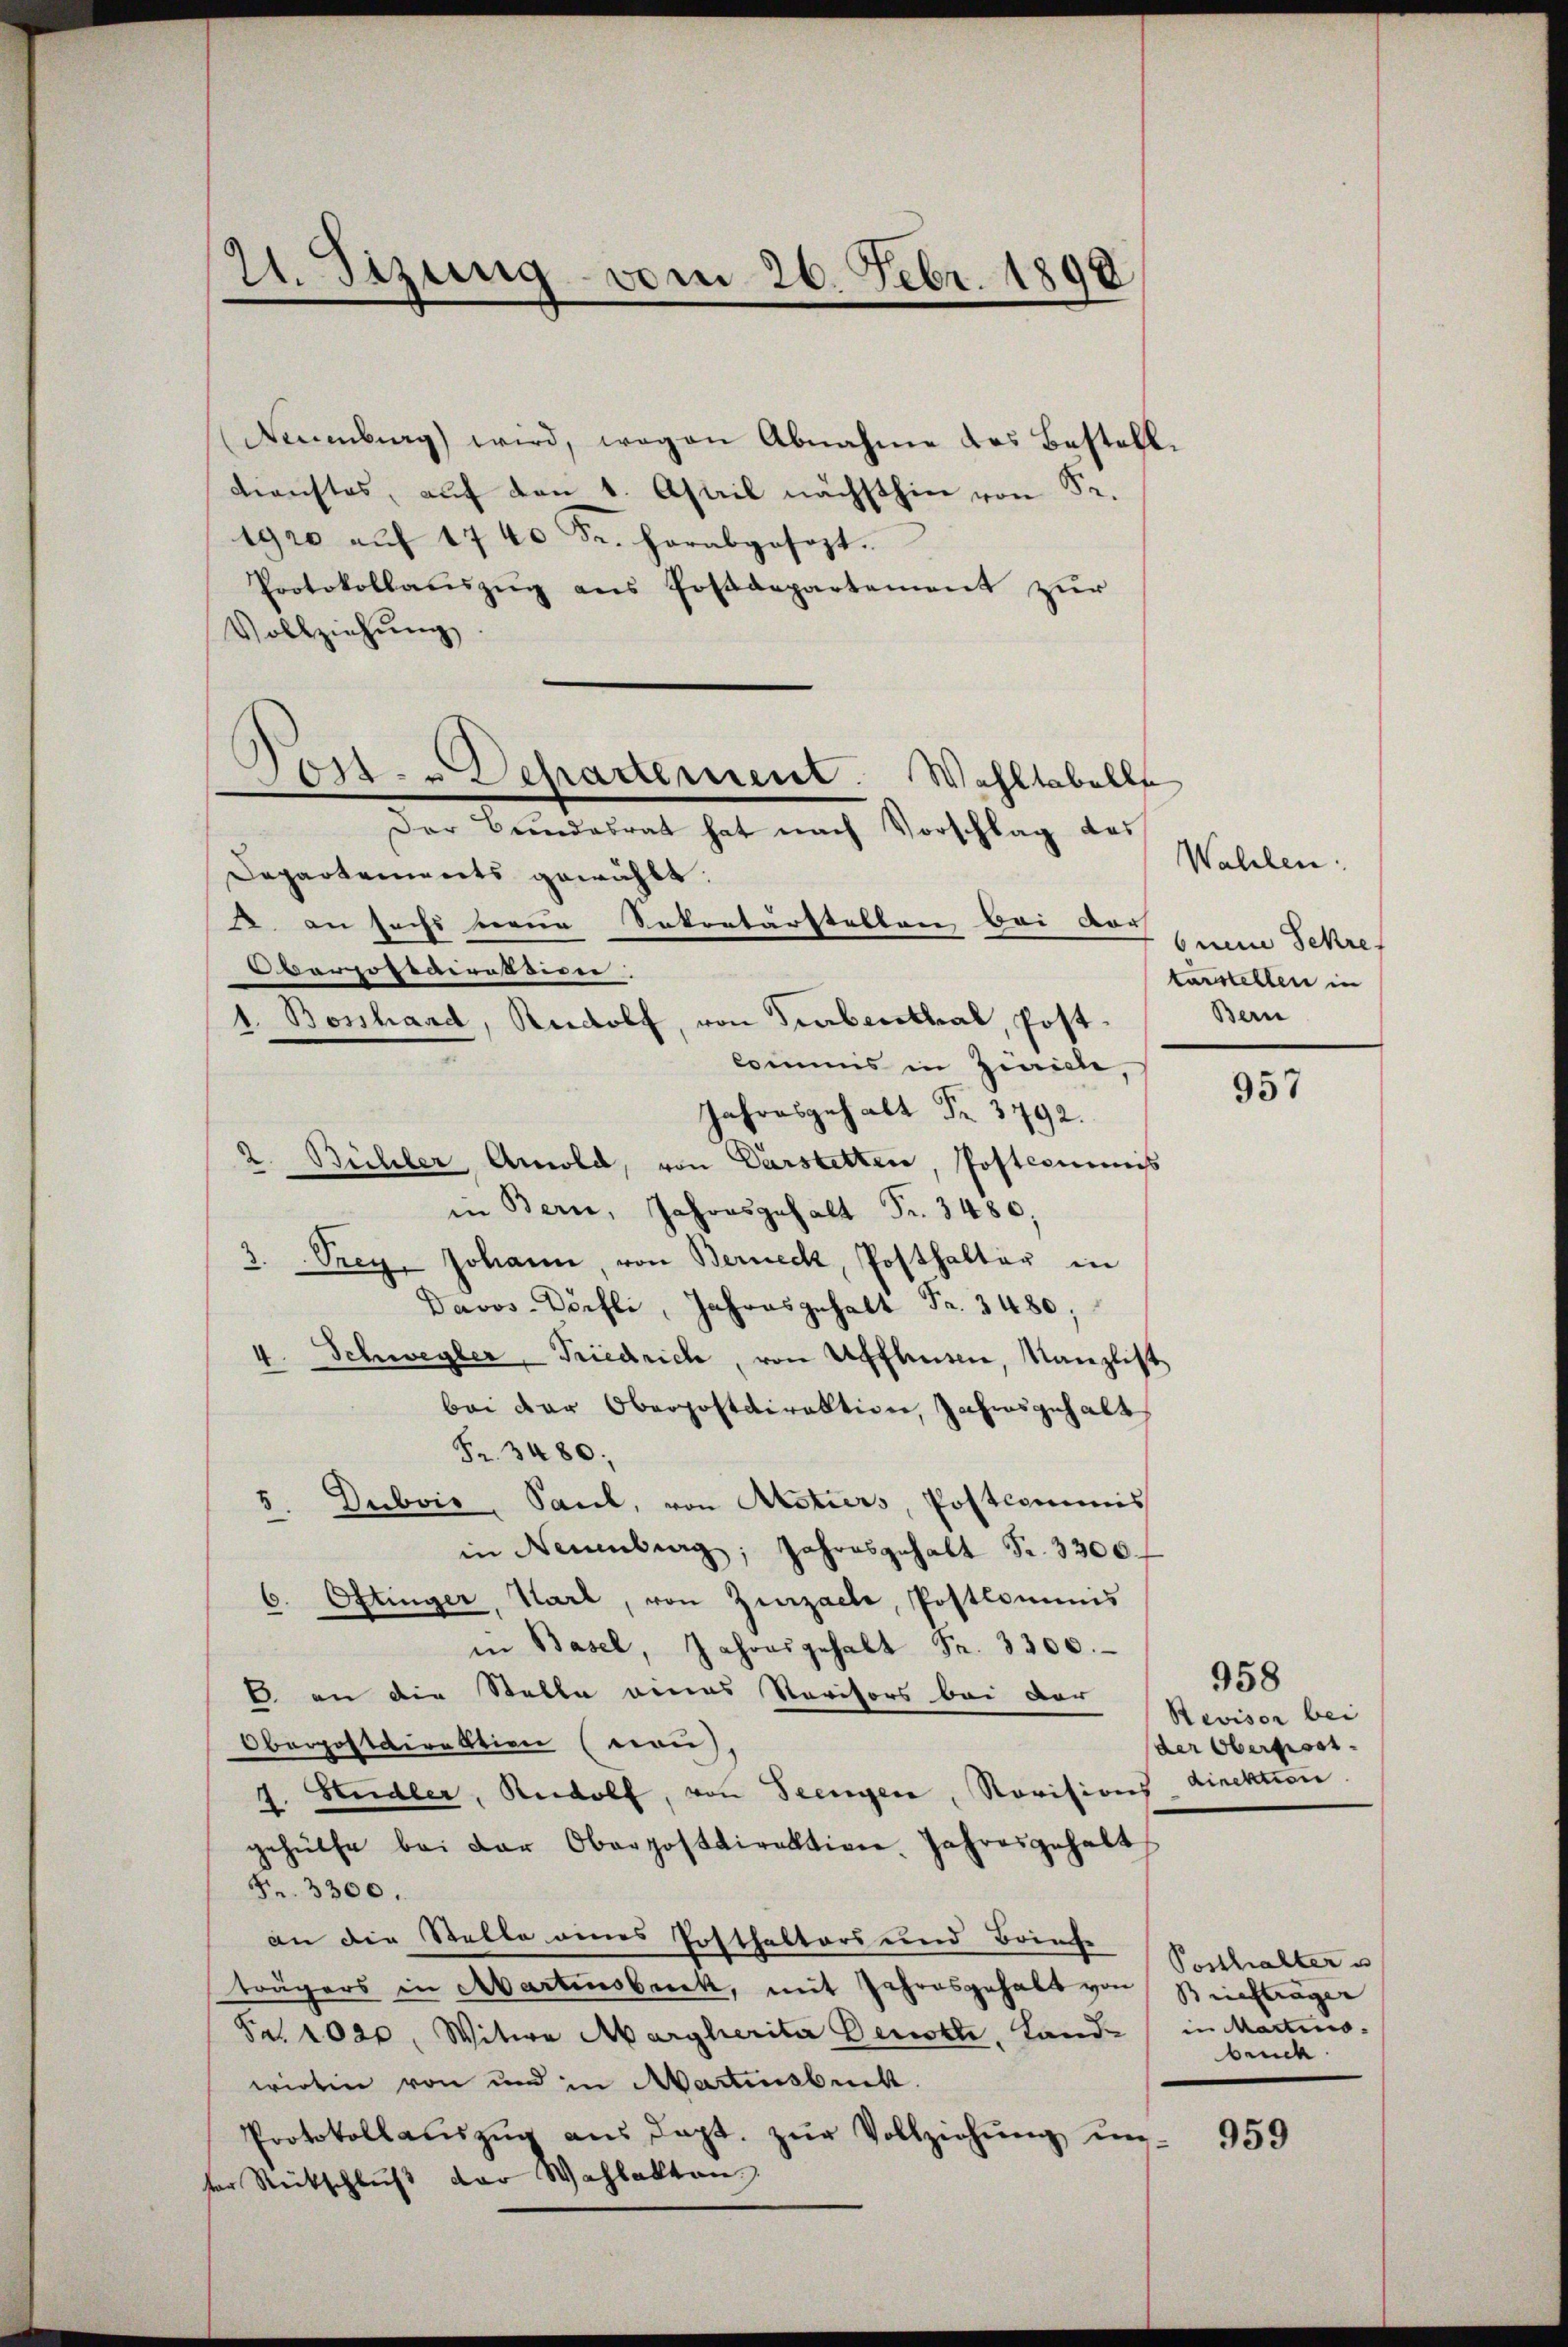
Neuenburg) wird, wegen Abnahme des Bestell¬
Dienstes, auf den 1. April nächsthin von Sr.
1920 aŭf 1740 Fr. herabgesezt.
Protokollauszug aus Postdepartement zur
Vollziehŭng
Post- u Departement. Wahltabelle
Der Bundesrat hat nach Vorschlag des
Departements gewählt.
Rokortärstellen bei vor- |
1. an sechs zur
—
Oberpostderession:
1. Bonhard, Rudolf, von Trabenthal, Postkommis in Zürich,
Jahresgehalt Fr. 3792.
2. Bühler Anwold, von Darstetten, Postcommis
in Bern, Jahresgehalt Fr. 3480,
3. Prey, Johann, von Berneck, Posthalter in
Davos-Dörfli, Jahresgehalt Fr. 3480;
4. Schwegler, Friedrich, von Unflen, Kanzlist
bei der Oberpostdirektion, Jahresgehalt
Fr. 3480;
Dubois, Paul, von Actiers, Postcommis
5.
in Neuenburg, Jahresgehalt Fr. 3300.
6. Ottinger, Karl, von Zurzach, Postlominis
in Basel, Jahresgehalt Fr. 3200.
 an die Stelle eines Revisors bei der
Oberpostdirektion (nau),
J. Studler, Rudolf, von Seenger, Revisions direktion
gehülfe bei der Oberpostdirektion. Jahresgehalt
Fr. 3300.
an die Stelle eines Posthaltors und Briefe
trägers in Abartensbuck, mit Jahresgehalt von Briefträger
Fr. 1020., Witwe Margherita Denott, Land in Martino-
wirten von und in Martinsbuch.
Protokollaŭszŭg aŭs dept. zŭr Vollziehŭng ŭn-
ter Reitschluß der Wahlakten

21. Sizung vom 26. Febr. 1890

Wahlen:
bnen Fehrer
karstellen in
Bern

957

958
Revisor bei
der Obergross

Posthalter u
bruck

959